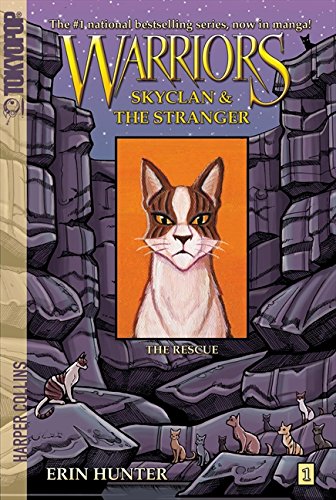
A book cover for Warriors: SkyClan and the Stranger #1: The Rescue (Warriors Manga); Erin Hunter; Children's Books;